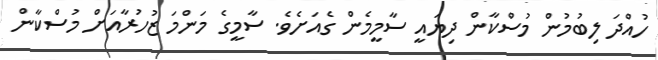
ހުއްދަ ލިބުމުން މުސްކާން ދިޔައީ ސާމީމެން ގެއަށެވެ. ސާމީގެ މަންމަ ޒުހުރާއަށް މުސްކާން